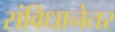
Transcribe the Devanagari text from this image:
संविधानेतर